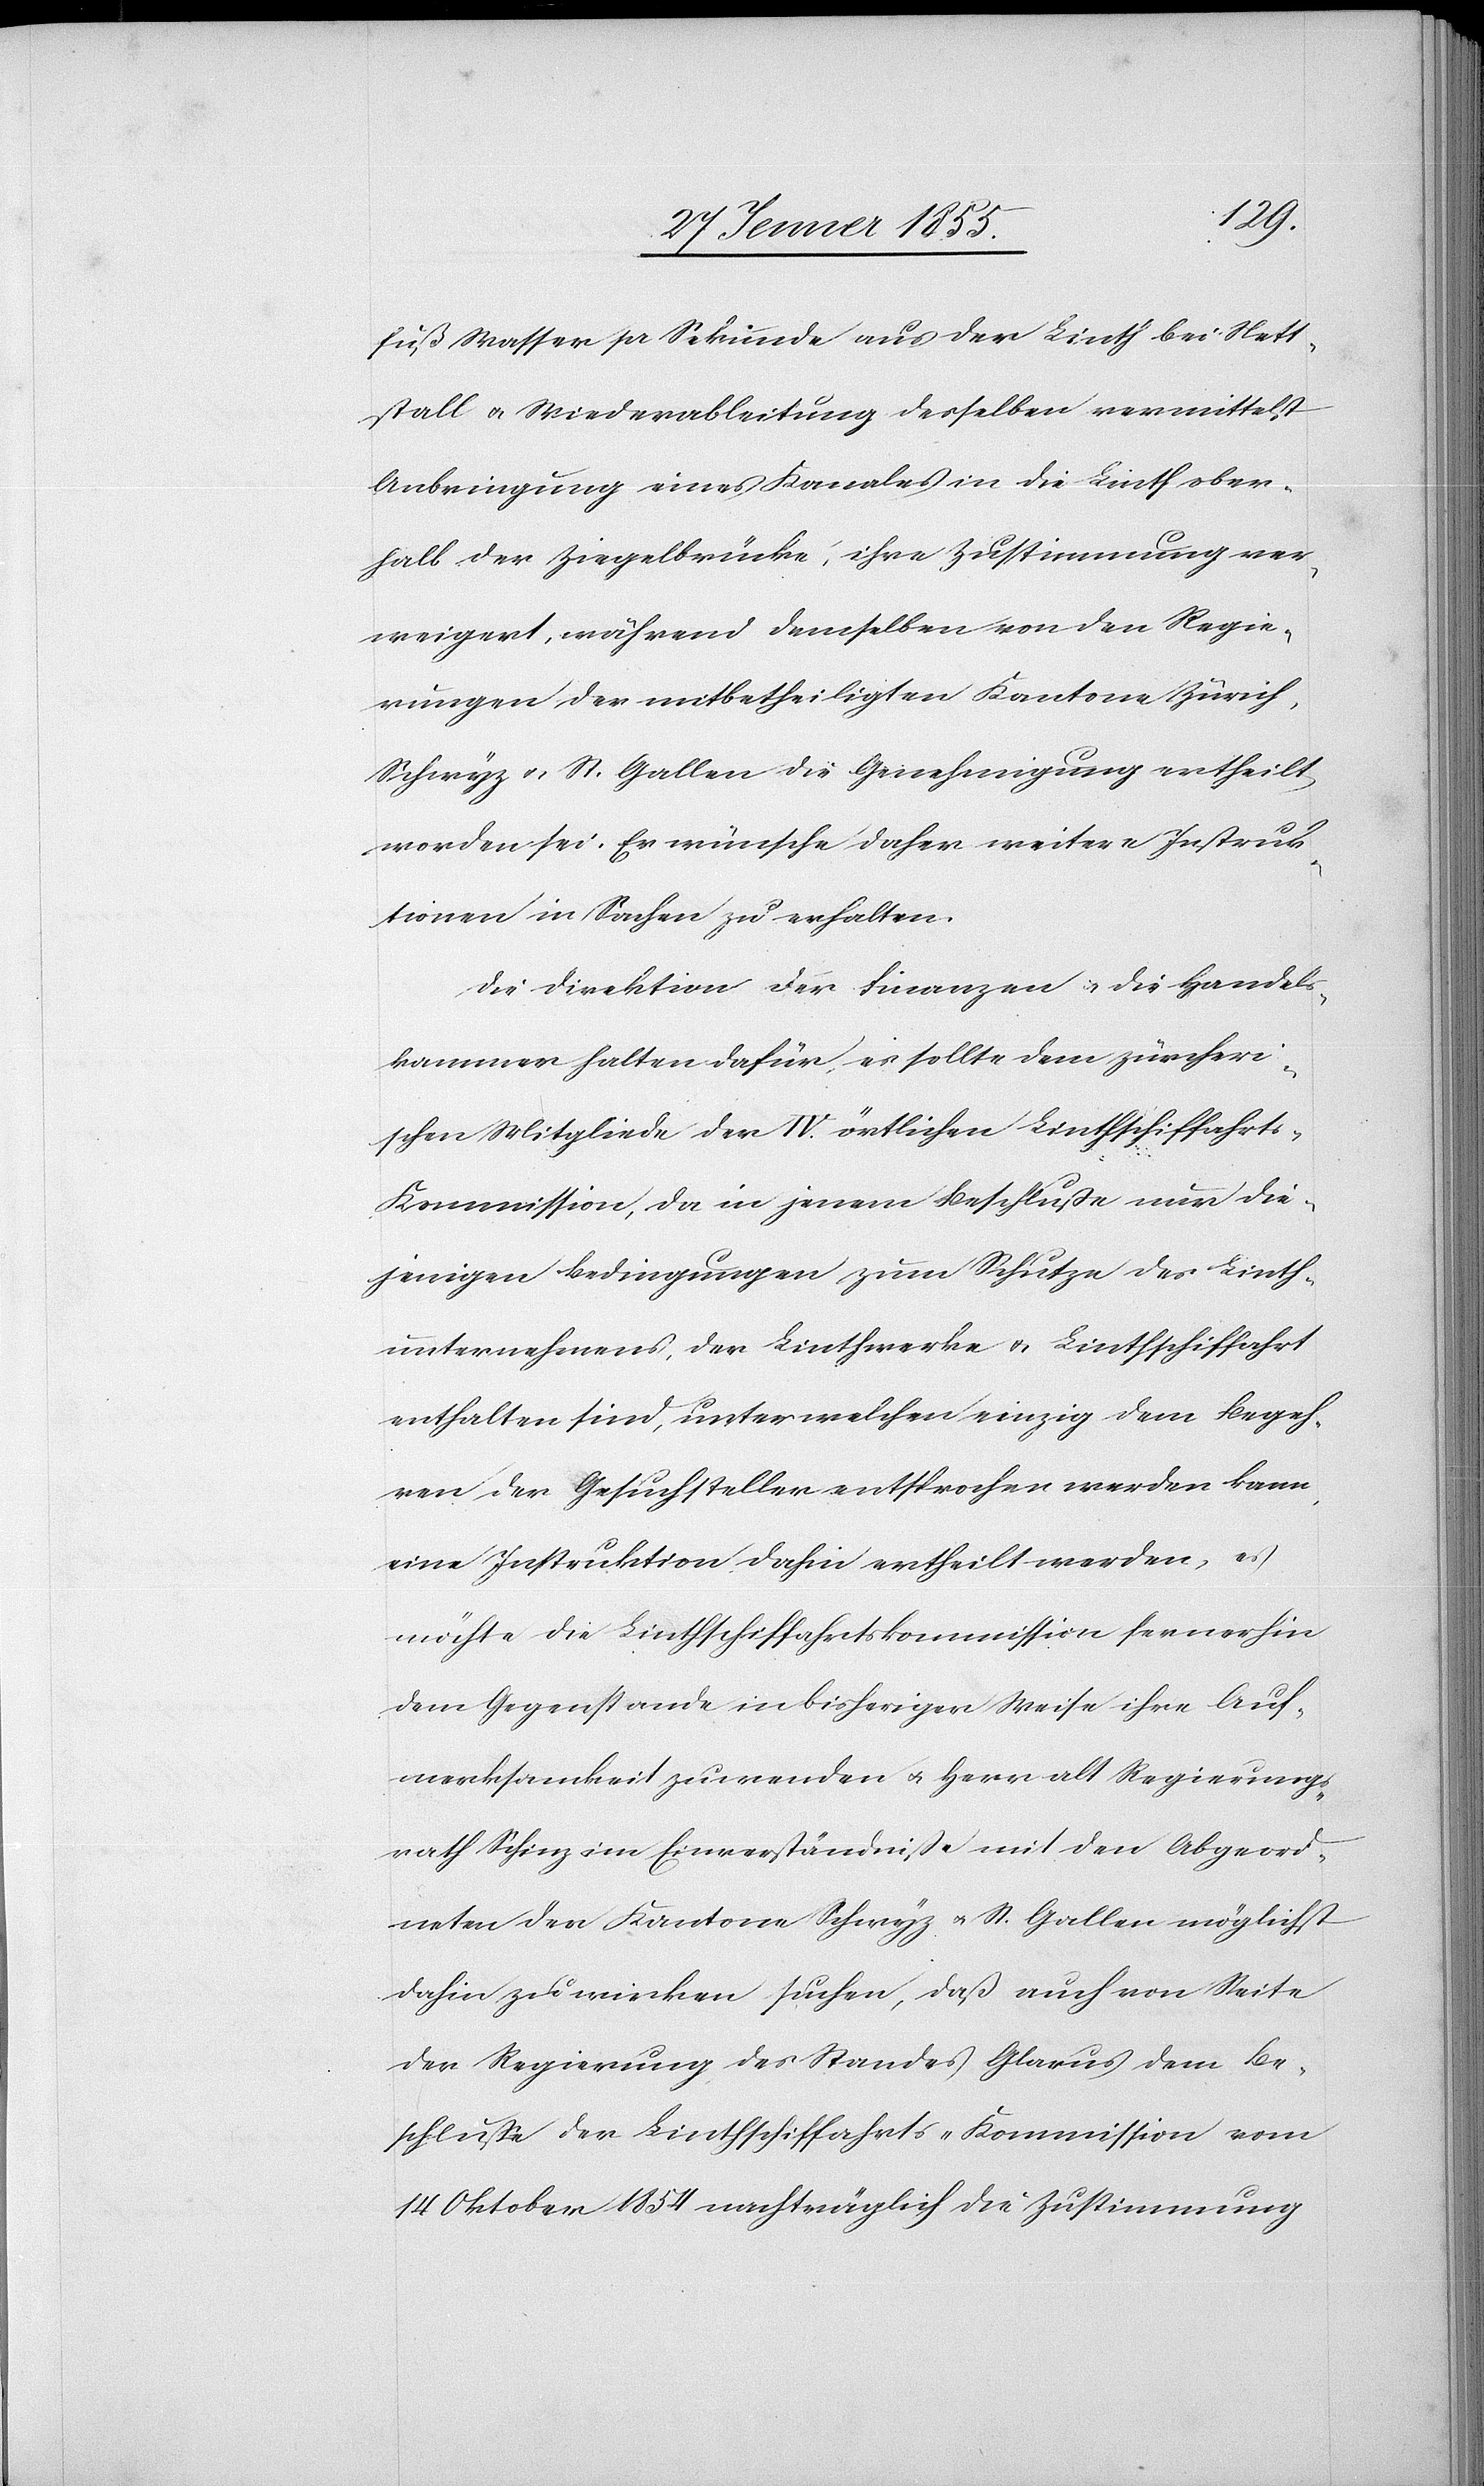
fuß Wasser pr Sekunde aus der Linth bei Nett¬
stall [sic!] & Wiederableitung desselben vermittelst
Anbringung eines Kanales in die Linth ober¬
halb der Ziegelbrücke, ihre Zustimmung ver¬
weigert, während demselben von den Regie¬
rungen der mitbetheiligten Kantone Zürich,
Schwyz & St. Gallen die Genehmigung ertheilt
worden sei. Er wünsche daher weitere Instruk¬
tionen in Sachen zu erhalten.
Die Direktion der Finanzen & die Handels¬
kammer halten dafür, es sollte dem zürcheri¬
schen Mitgliede der IV. örtlichen Linthschiffahrt¬
s-Kommission, da in jenem Beschluße nur die¬
jenigen Bedingungen zum Schutze des Linth¬
unternehmens, der Linthwerke & Linthschiffahrt
enthalten sind, unter welchen einzig dem Begeh¬
ren der Gesuchsteller entsprochen werden kann,
eine Instruktion dahin ertheilt werden, es
möchte die Linthschiffahrtskommission fernerhin
dem Gegenstande in bisheriger Weise ihre Auf¬
merksamkeit zuwenden & Herr alt Regierungs¬
rath Schinz im Einverständnisse mit den Abgeord¬
neten der Kantone Schwyz & St. Gallen möglichst
dahin zu wirken suchen, daß auch von Seite
der Regierung des Standes Glarus dem Be¬
schlusse der Linthschiffahrts-Kommission vom
14 Oktober 1854 nachträglich die Zustimmung